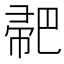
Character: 𢃳